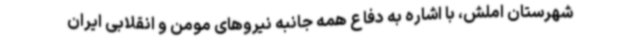
شهرستان املش، با اشاره به دفاع همه جانبه نیروهای مومن و انقلابی ایران